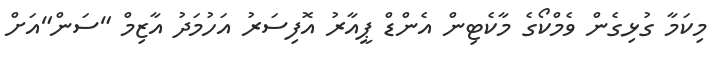
މިކަމާ ގުޅިގެން ވެމްކޯގެ މާކެޓިން އެންޑް ޕީއާރު އޮފިސަރު އަހުމަދު އާޒިމް "ސަން"އަށް